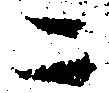
ニ